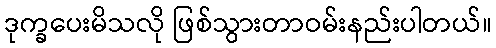
ဒုက္ခပေးမိသလို ဖြစ်သွားတာဝမ်းနည်းပါတယ်။